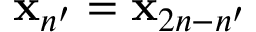
{ \bf x } _ { n ^ { \prime } } = { \bf x } _ { 2 n - n ^ { \prime } }